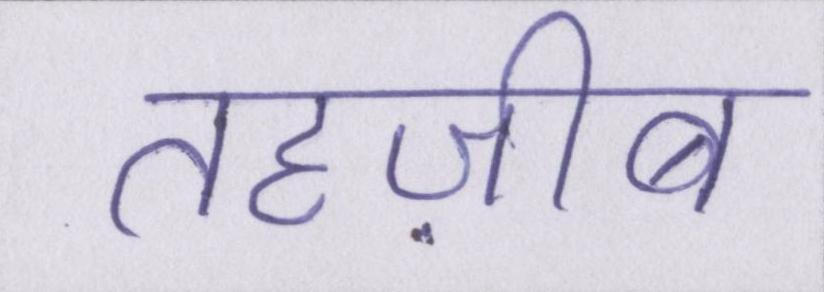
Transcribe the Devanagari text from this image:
तहज़ीब